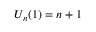
U _ { n } ( 1 ) = n + 1